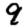
Digit: 9